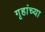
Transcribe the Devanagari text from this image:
गृहांच्या